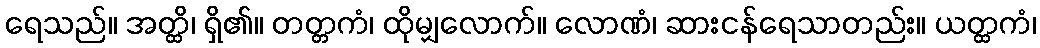
ရေသည်။ အတ္ထိ၊ ရှိ၏။ တတ္တကံ၊ ထိုမျှလောက်။ လောဏံ၊ ဆားငန်ရေသာတည်း။ ယတ္ထကံ၊